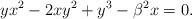
LaTeX: \begin{align*}y x^{2}-2 x y^2 +y^3 -\beta^{2}x=0. \end{align*}